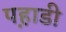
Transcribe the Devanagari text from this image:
पह़ाडी